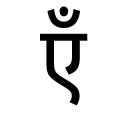
OCR:
एँ